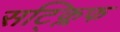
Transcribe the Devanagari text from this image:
सट्क्लिफ